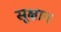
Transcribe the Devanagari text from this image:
सूक्षाव